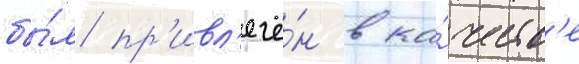
бы́л пр'ивл'ечё́н в ка́честв'е